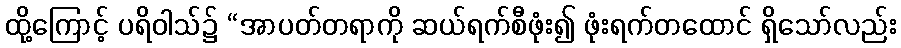
ထို့ကြောင့် ပရိဝါသ်၌ “အာပတ်တရာကို ဆယ်ရက်စီဖုံး၍ ဖုံးရက်တထောင် ရှိသော်လည်း